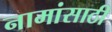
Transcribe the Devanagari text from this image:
नामांसाठी